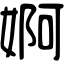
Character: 婀